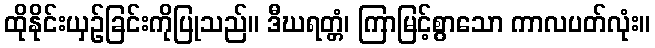
ထိုနိုင်းယှဉ်ခြင်းကိုပြုသည်။ ဒီဃရတ္တံ၊ ကြာမြင့်စွာသော ကာလပတ်လုံး။